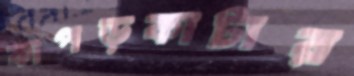
কাপড়কাটার